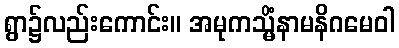
ရွာ၌လည်းကောင်း။ အမုကသ္မိံနာမနိဂမေဝါ